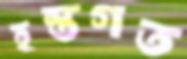
হস্তগত